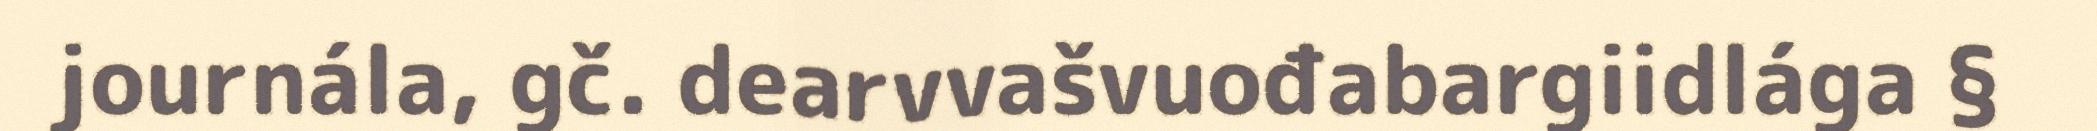
journála, gč. dearvvašvuođabargiidlága §